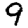
Digit: 9